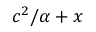
c ^ { 2 } / \alpha + x